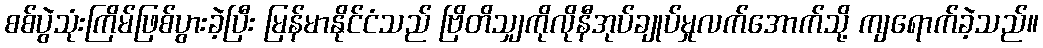
စစ်ပွဲသုံးကြိမ်ဖြစ်ပွားခဲ့ပြီး မြန်မာနိုင်ငံသည် ဗြိတိသျှကိုလိုနီအုပ်ချုပ်မှုလက်အောက်သို့ ကျရောက်ခဲ့သည်။